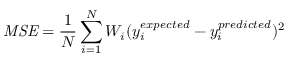
\mathit { M S E } = \frac { 1 } { N } \sum _ { i = 1 } ^ { N } W _ { i } ( y _ { i } ^ { e x p e c t e d } - y _ { i } ^ { p r e d i c t e d } ) ^ { 2 }